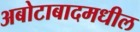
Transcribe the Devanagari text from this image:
अबोटाबादमधील